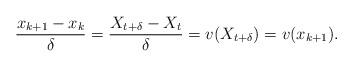
LaTeX: \begin{align*}\frac{x_{k+1} - x_k}{\delta} = \frac{X_{t+\delta} - X_t}{\delta} = v(X_{t+\delta}) = v(x_{k+1}).\end{align*}